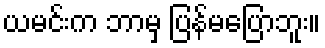
ယမင်းက ဘာမှ ပြန်မပြောဘူး။